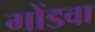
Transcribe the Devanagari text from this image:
गोंडवा